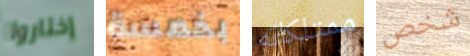
إختاروا بخمسة ممتلكاته شخص